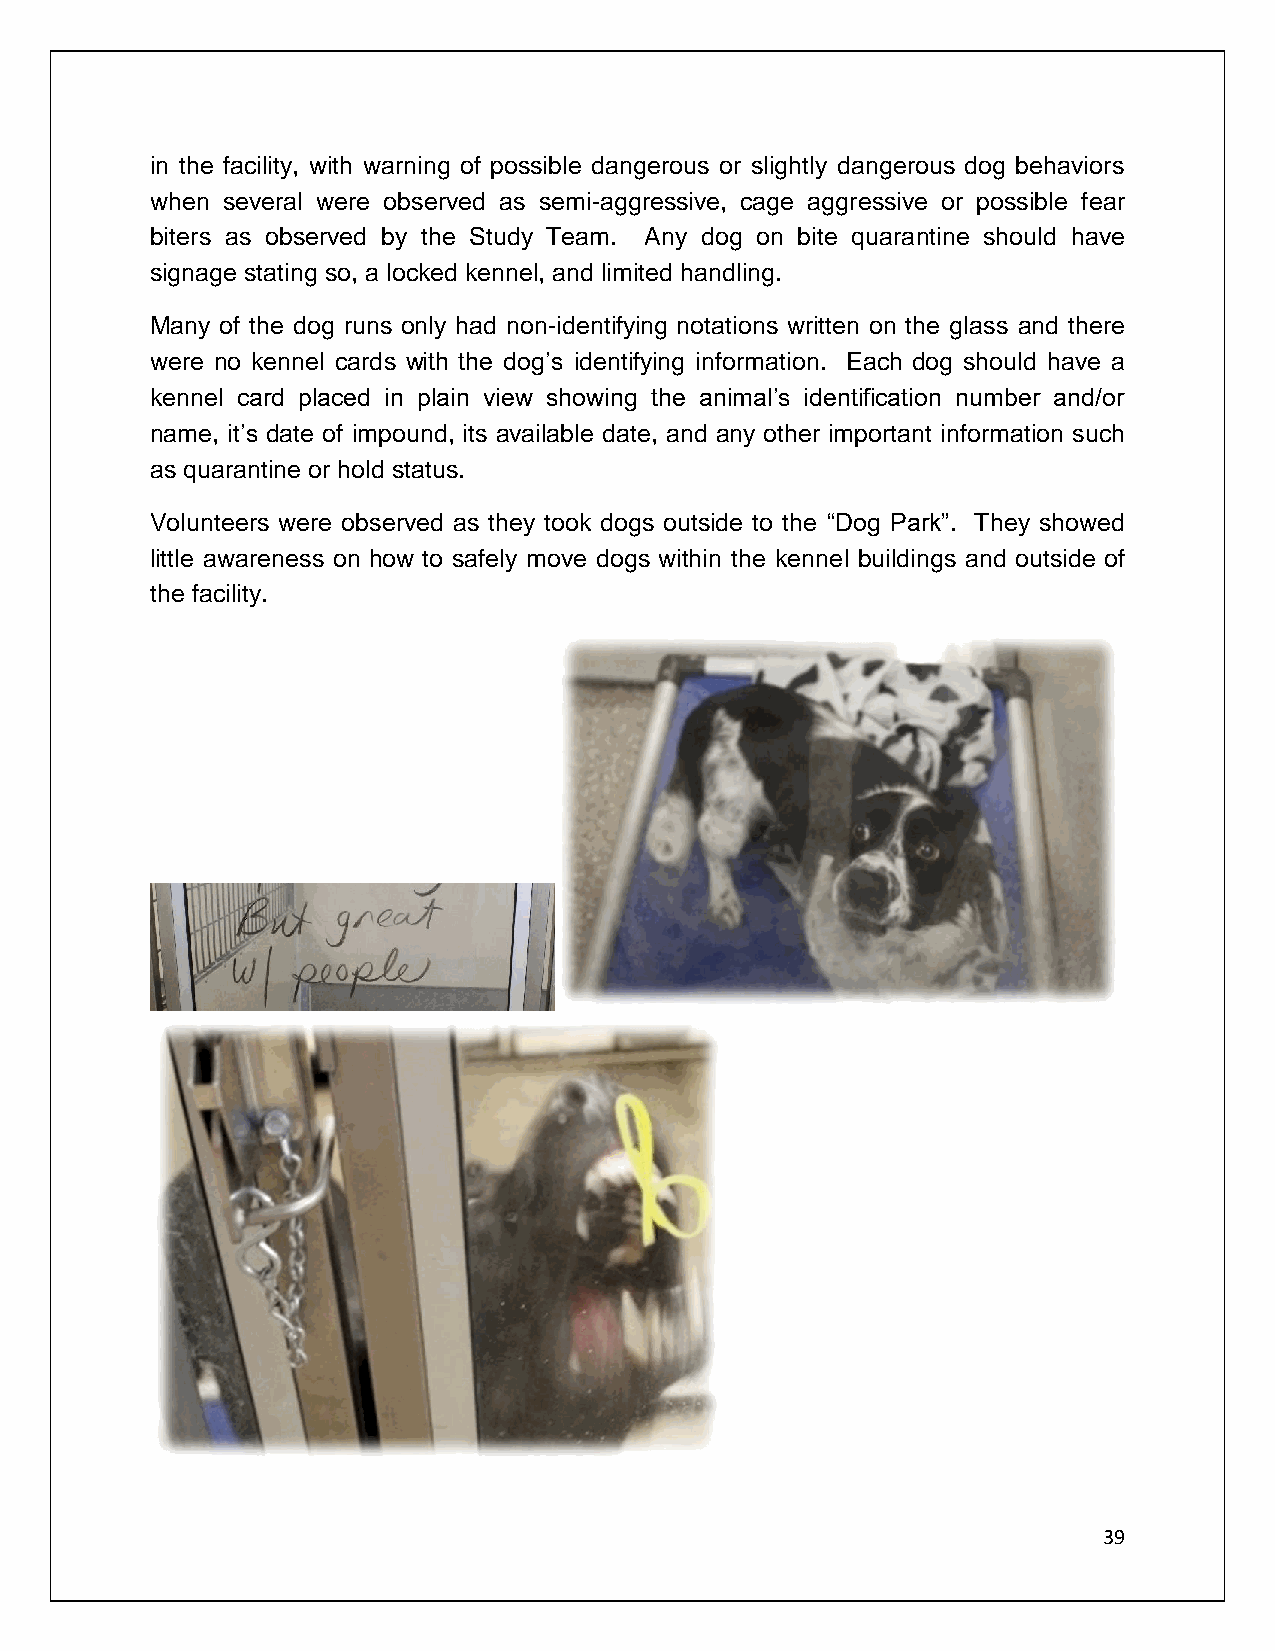
in the facility, with warning of possible dangerous or slightly dangerous dog behaviors
 when several were observed as semi-aggressive, cage aggressive or possible fear
 biters as observed by the Study Team. Any dog on bite quarantine should have
 signage stating so, a locked kennel, and limited handling.
 Many of the dog runs only had non-identifying notations written on the glass and there
 were no kennel cards with the dog’s identifying information. Each dog should have a
 kennel card placed in plain view showing the animal’s identification number and/or
 name, it’s date of impound, its available date, and any other important information such
 as quarantine or hold status.
 Volunteers were observed as they took dogs outside to the “Dog Park”. They showed
 little awareness on how to safely move dogs within the kennel buildings and outside of
 the facility.
 39